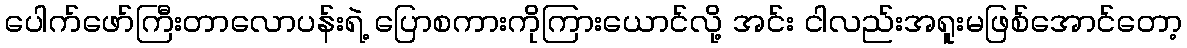
ပေါက်ဖော်ကြီးတာလောပန်းရဲ့ ပြောစကားကိုကြားယောင်လို့ အင်း ငါလည်းအရူးမဖြစ်အောင်တော့